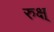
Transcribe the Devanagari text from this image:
रुक्ष्